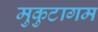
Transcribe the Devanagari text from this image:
मुकुटागम